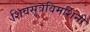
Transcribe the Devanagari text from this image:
शिवसूत्रविमर्शिनी